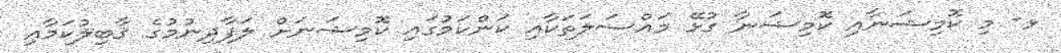
ޅ- މި ކޮމިޝަނާއި ކޮމިޝަނާ ގުޅޭ މައްސަލަތަކާއި ކަންކަމުގައި ކޮމިޝަނަށް ލަފާދިނުމުގެ ޤާބިލުކަމާއި